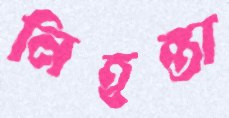
নিহন্তা